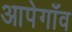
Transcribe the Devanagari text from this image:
आपेगाँव